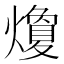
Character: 𭶛